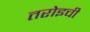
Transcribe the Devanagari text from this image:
तरोइची